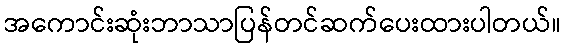
အကောင်းဆုံးဘာသာပြန်တင်ဆက်ပေးထားပါတယ်။